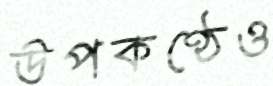
উপকণ্ঠেও